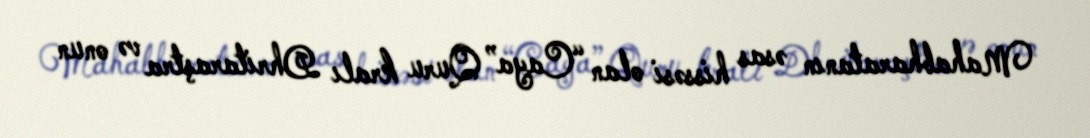
Mahabharatanın əsas hissəsi olan “Caya” Quru kralı Dhritaraştra və onun